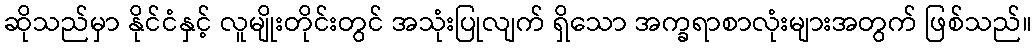
ဆိုသည်မှာ နိုင်ငံနှင့် လူမျိုးတိုင်းတွင် အသုံးပြုလျက် ရှိသော အက္ခရာစာလုံးများအတွက် ဖြစ်သည်။